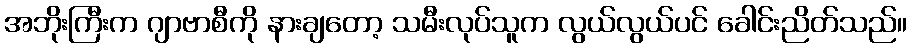
အဘိုးကြီးက ဂျာဗာစီကို နားချတော့ သမီးလုပ်သူက လွယ်လွယ်ပင် ခေါင်းညိတ်သည်။